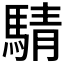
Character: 𫘋